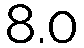
8.0